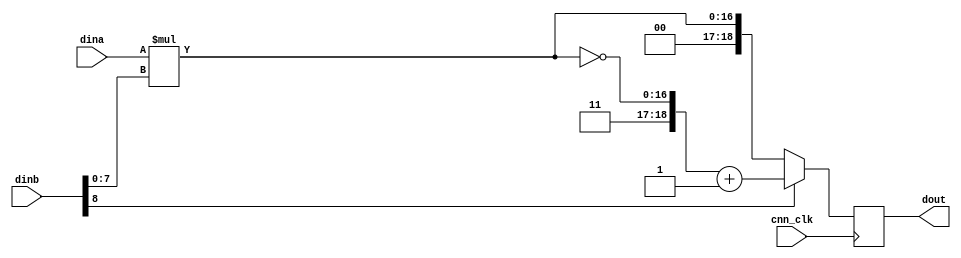
`timescale 1ns / 1ps
//////////////////////////////////////////////////////////////////////////////////
// Company: 
// Engineer: 
// 
// Design Name: 
// Module Name:    multiply_adder 
// Project Name: 
// Target Devices: 
// Tool versions: 
// Description: 
//
// Dependencies: 
//
// Revision: 
// Revision 0.01 - File Created
// Additional Comments: 
//
//////////////////////////////////////////////////////////////////////////////////
module multiply(
			input cnn_clk,     
			
			input [8:0] dina,   //unsigned
			input [8:0] dinb,   //signed
			
			
			output reg [18:0] dout
    );


wire [16:0] dout_reg;

assign dout_reg = dina*dinb[7:0];

always @ ( posedge cnn_clk )
begin
	dout <= dinb[8] ? {2'b11,~dout_reg}+1'b1 : dout_reg;

end

endmodule